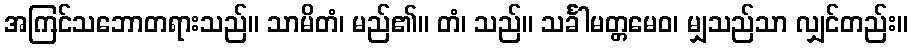
အကြင်သဘောတရားသည်။ သာမိတံ၊ မည်၏။ တံ၊ သည်။ သင်္ခါမတ္တမေဝ၊ မျှသည်သာ လျှင်တည်း။